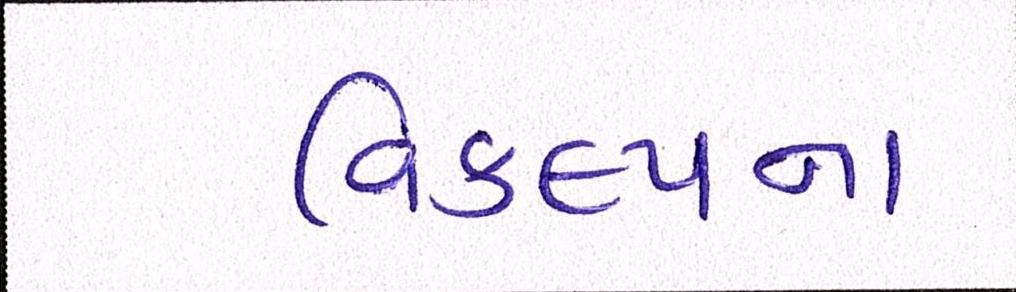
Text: વિકલ્પના